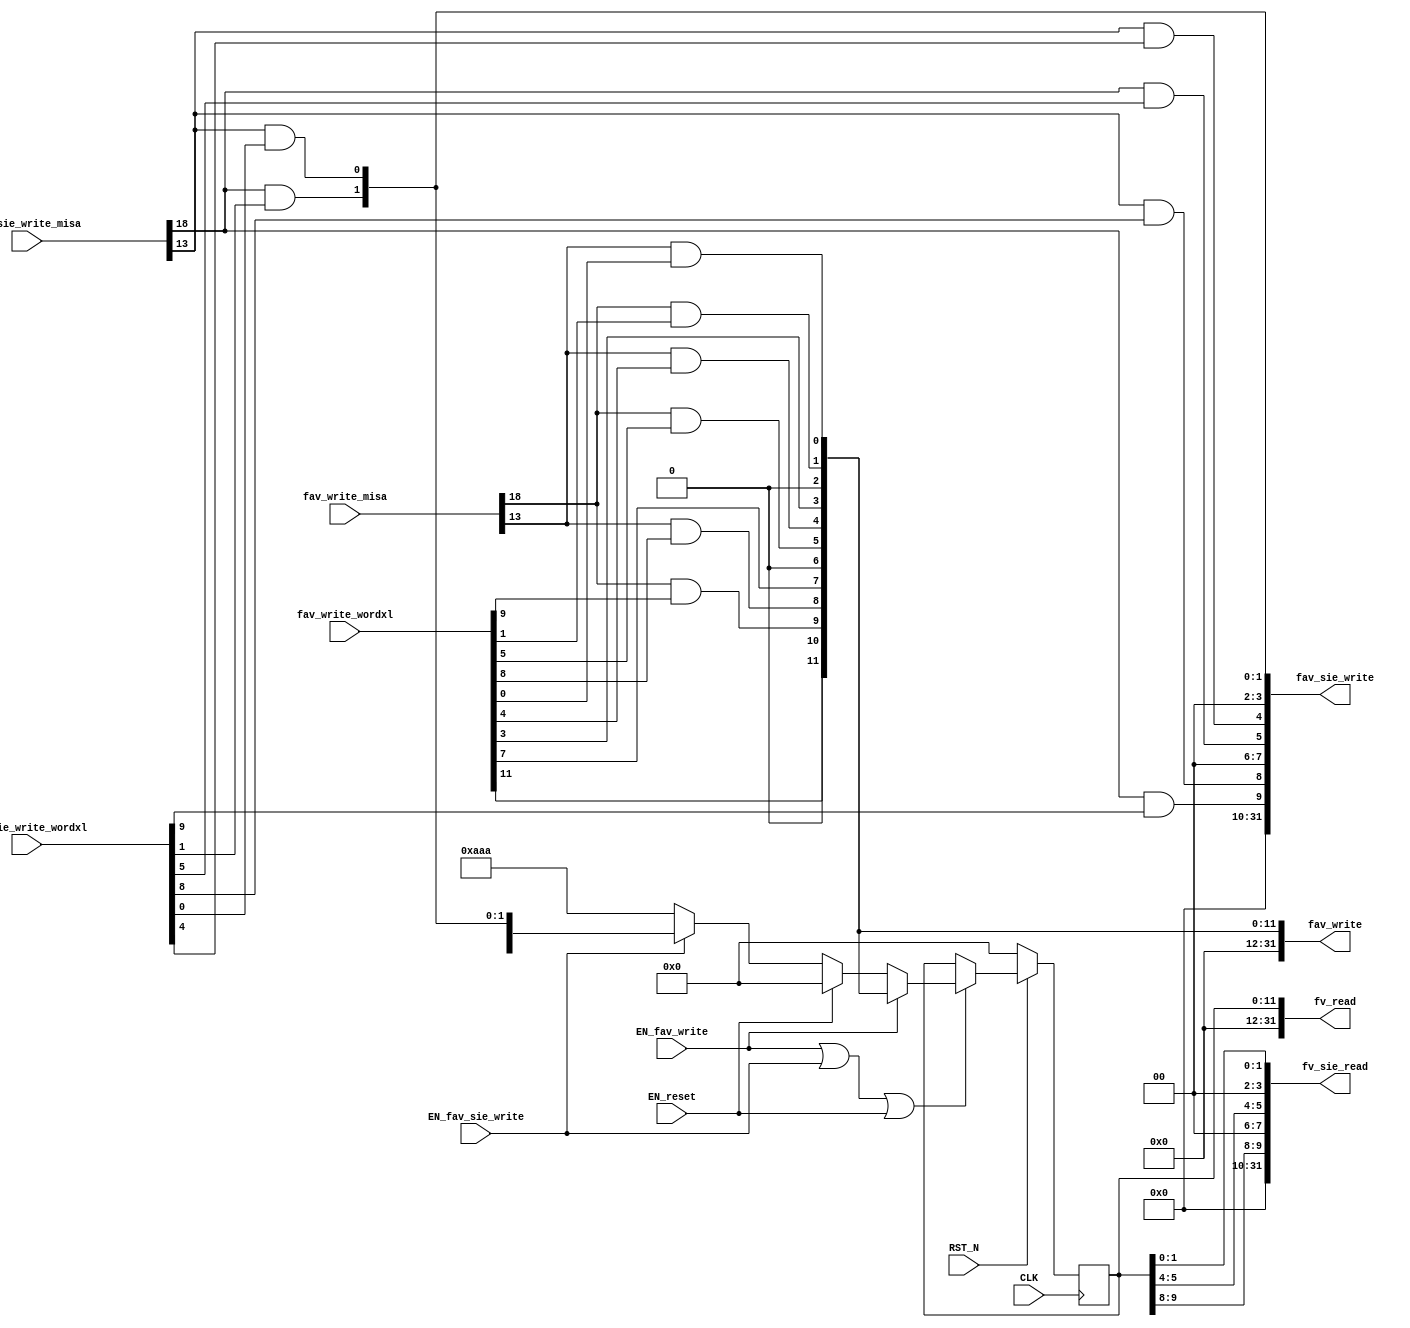
//
// Generated by Bluespec Compiler, version 2018.10.beta1 (build e1df8052c, 2018-10-17)
//
//
//
//
// Ports:
// Name                         I/O  size props
// fv_read                        O    32
// fav_write                      O    32
// fv_sie_read                    O    32
// fav_sie_write                  O    32
// CLK                            I     1 clock
// RST_N                          I     1 reset
// fav_write_misa                 I    28
// fav_write_wordxl               I    32
// fav_sie_write_misa             I    28
// fav_sie_write_wordxl           I    32
// EN_reset                       I     1
// EN_fav_write                   I     1
// EN_fav_sie_write               I     1
//
// Combinational paths from inputs to outputs:
//   (fav_write_misa, fav_write_wordxl) -> fav_write
//   (fav_sie_write_misa, fav_sie_write_wordxl) -> fav_sie_write
//
//

`ifdef BSV_ASSIGNMENT_DELAY
`else
  `define BSV_ASSIGNMENT_DELAY
`endif

`ifdef BSV_POSITIVE_RESET
  `define BSV_RESET_VALUE 1'b1
  `define BSV_RESET_EDGE posedge
`else
  `define BSV_RESET_VALUE 1'b0
  `define BSV_RESET_EDGE negedge
`endif

module mkCSR_MIE(CLK,
		 RST_N,

		 EN_reset,

		 fv_read,

		 fav_write_misa,
		 fav_write_wordxl,
		 EN_fav_write,
		 fav_write,

		 fv_sie_read,

		 fav_sie_write_misa,
		 fav_sie_write_wordxl,
		 EN_fav_sie_write,
		 fav_sie_write);
  input  CLK;
  input  RST_N;

  // action method reset
  input  EN_reset;

  // value method fv_read
  output [31 : 0] fv_read;

  // actionvalue method fav_write
  input  [27 : 0] fav_write_misa;
  input  [31 : 0] fav_write_wordxl;
  input  EN_fav_write;
  output [31 : 0] fav_write;

  // value method fv_sie_read
  output [31 : 0] fv_sie_read;

  // actionvalue method fav_sie_write
  input  [27 : 0] fav_sie_write_misa;
  input  [31 : 0] fav_sie_write_wordxl;
  input  EN_fav_sie_write;
  output [31 : 0] fav_sie_write;

  // signals for module outputs
  wire [31 : 0] fav_sie_write, fav_write, fv_read, fv_sie_read;

  // register rg_mie
  reg [11 : 0] rg_mie;
  reg [11 : 0] rg_mie$D_IN;
  wire rg_mie$EN;

  // rule scheduling signals
  wire CAN_FIRE_fav_sie_write,
       CAN_FIRE_fav_write,
       CAN_FIRE_reset,
       WILL_FIRE_fav_sie_write,
       WILL_FIRE_fav_write,
       WILL_FIRE_reset;

  // inputs to muxes for submodule ports
  wire [11 : 0] MUX_rg_mie$write_1__VAL_3;

  // remaining internal signals
  wire [11 : 0] mie__h92, x__h458, x__h883;
  wire seie__h123,
       seie__h544,
       ssie__h117,
       ssie__h538,
       stie__h120,
       stie__h541,
       ueie__h122,
       ueie__h543,
       usie__h116,
       usie__h537,
       utie__h119,
       utie__h540;

  // action method reset
  assign CAN_FIRE_reset = 1'd1 ;
  assign WILL_FIRE_reset = EN_reset ;

  // value method fv_read
  assign fv_read = { 20'd0, rg_mie } ;

  // actionvalue method fav_write
  assign fav_write = { 20'd0, mie__h92 } ;
  assign CAN_FIRE_fav_write = 1'd1 ;
  assign WILL_FIRE_fav_write = EN_fav_write ;

  // value method fv_sie_read
  assign fv_sie_read = { 20'd0, x__h458 } ;

  // actionvalue method fav_sie_write
  assign fav_sie_write = { 20'd0, x__h883 } ;
  assign CAN_FIRE_fav_sie_write = 1'd1 ;
  assign WILL_FIRE_fav_sie_write = EN_fav_sie_write ;

  // inputs to muxes for submodule ports
  assign MUX_rg_mie$write_1__VAL_3 =
	     { rg_mie[11],
	       1'b0,
	       seie__h544,
	       ueie__h543,
	       rg_mie[7],
	       1'b0,
	       stie__h541,
	       utie__h540,
	       rg_mie[3],
	       1'b0,
	       ssie__h538,
	       usie__h537 } ;

  // register rg_mie
  always@(EN_fav_write or
	  mie__h92 or
	  EN_reset or EN_fav_sie_write or MUX_rg_mie$write_1__VAL_3)
  case (1'b1)
    EN_fav_write: rg_mie$D_IN = mie__h92;
    EN_reset: rg_mie$D_IN = 12'd0;
    EN_fav_sie_write: rg_mie$D_IN = MUX_rg_mie$write_1__VAL_3;
    default: rg_mie$D_IN = 12'b101010101010 /* unspecified value */ ;
  endcase
  assign rg_mie$EN = EN_fav_write || EN_fav_sie_write || EN_reset ;

  // remaining internal signals
  assign mie__h92 =
	     { fav_write_wordxl[11],
	       1'b0,
	       seie__h123,
	       ueie__h122,
	       fav_write_wordxl[7],
	       1'b0,
	       stie__h120,
	       utie__h119,
	       fav_write_wordxl[3],
	       1'b0,
	       ssie__h117,
	       usie__h116 } ;
  assign seie__h123 = fav_write_misa[18] && fav_write_wordxl[9] ;
  assign seie__h544 = fav_sie_write_misa[18] && fav_sie_write_wordxl[9] ;
  assign ssie__h117 = fav_write_misa[18] && fav_write_wordxl[1] ;
  assign ssie__h538 = fav_sie_write_misa[18] && fav_sie_write_wordxl[1] ;
  assign stie__h120 = fav_write_misa[18] && fav_write_wordxl[5] ;
  assign stie__h541 = fav_sie_write_misa[18] && fav_sie_write_wordxl[5] ;
  assign ueie__h122 = fav_write_misa[13] && fav_write_wordxl[8] ;
  assign ueie__h543 = fav_sie_write_misa[13] && fav_sie_write_wordxl[8] ;
  assign usie__h116 = fav_write_misa[13] && fav_write_wordxl[0] ;
  assign usie__h537 = fav_sie_write_misa[13] && fav_sie_write_wordxl[0] ;
  assign utie__h119 = fav_write_misa[13] && fav_write_wordxl[4] ;
  assign utie__h540 = fav_sie_write_misa[13] && fav_sie_write_wordxl[4] ;
  assign x__h458 =
	     { 2'd0, rg_mie[9:8], 2'd0, rg_mie[5:4], 2'd0, rg_mie[1:0] } ;
  assign x__h883 =
	     { 2'd0,
	       seie__h544,
	       ueie__h543,
	       2'd0,
	       stie__h541,
	       utie__h540,
	       2'd0,
	       ssie__h538,
	       usie__h537 } ;

  // handling of inlined registers

  always@(posedge CLK)
  begin
    if (RST_N == `BSV_RESET_VALUE)
      begin
        rg_mie <= `BSV_ASSIGNMENT_DELAY 12'd0;
      end
    else
      begin
        if (rg_mie$EN) rg_mie <= `BSV_ASSIGNMENT_DELAY rg_mie$D_IN;
      end
  end

  // synopsys translate_off
  `ifdef BSV_NO_INITIAL_BLOCKS
  `else // not BSV_NO_INITIAL_BLOCKS
  initial
  begin
    rg_mie = 12'hAAA;
  end
  `endif // BSV_NO_INITIAL_BLOCKS
  // synopsys translate_on
endmodule  // mkCSR_MIE